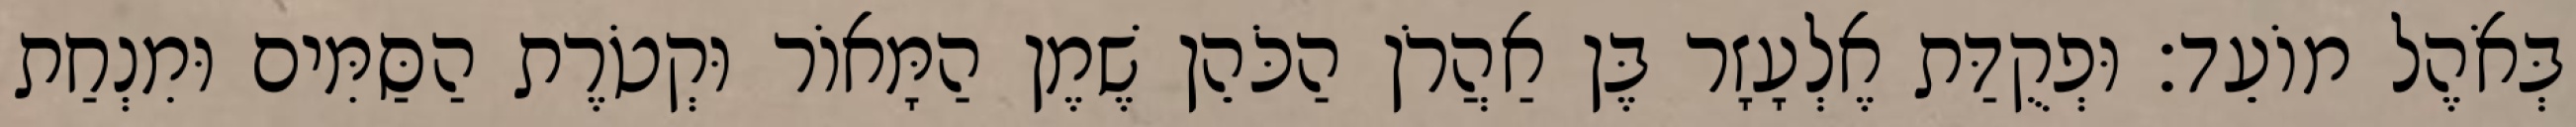
בְּאֹהֶל מוֹעֵד׃ וּפְקֻדַּת אֶלְעָזָר בֶּן אַהֲרֹן הַכֹּהֵן שֶׁמֶן הַמָּאוֹר וּקְטֹרֶת הַסַּמִּים וּמִנְחַת